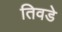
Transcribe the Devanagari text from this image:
तिवडे